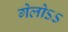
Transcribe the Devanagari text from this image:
गेलोऽऽ